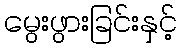
မွေးဖွားခြင်းနှင့်